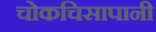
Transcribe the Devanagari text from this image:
चोकचिसापानी